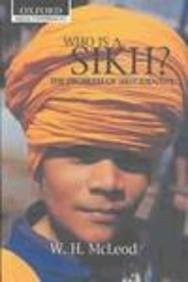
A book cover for Who Is a Sikh?: The Problem of Sikh Identity (Oxford India Collection); W. H. McLeod; Religion & Spirituality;